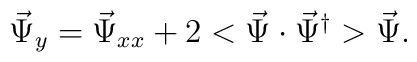
\vec  \Psi_{y}= \vec  \Psi_{xx}+2   <\vec  \Psi \cdot\vec  \Psi^\dagger> \vec \Psi.